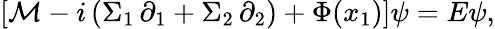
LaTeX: \begin{array}{r}{\left[\mathcal{M}-i\left(\Sigma_{1}\, \partial_{1}+\Sigma_{2}\, \partial_{2}\right)+\Phi(x_{1})\right]\psi=E\psi,}\end{array}